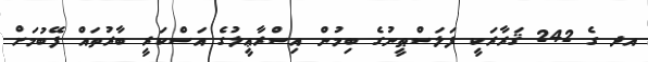
އދ ގެ 242 ޤަރާރަކީ ފަލަސްޠީނުގެ ބިމުން އިސްރާޢީލުގެ އަސްކަރީ ބާރުތައް ފޭބުމަށް